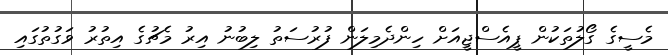
މެސީގެ ގޯލުތަކުން ޕީއެސްޖީއަށް ހިންދެމިލަން ފުރުސަތު ލިބުނު އިރު މެޗުގެ އިތުރު ވަގުތުގައި